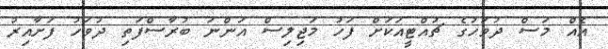
އެއް މަސް ދުވަހުގެ ޗުއްޓީއަކަށް ފަހު މަޖިލިސް އަންނަ ބުރާސްފަތި ދުވަހު ފަށާއިރު